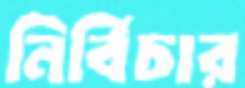
নির্বিচার